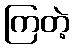
ကြတဲ့